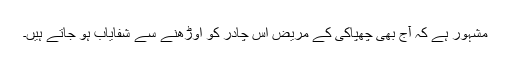
مشہور ہے کہ آج بھی چھپاکی کے مریض اس چادر کو اوڑھنے سے شفایاب ہو جاتے ہیں۔